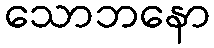
သောဘနော